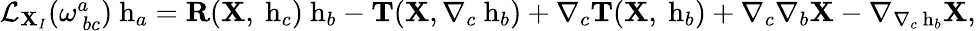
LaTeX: \begin{array}{r}{\mathcal{L}_{{\mathbf X}_{I}}(\omega_{~bc}^{a})\mathrm{{\mathbf~h}}_{a}={\mathbf R}({\mathbf X},\mathrm{{\mathbf~h}}_{c})\mathrm{{\mathbf~h}}_{b}-{\mathbf T}({\mathbf X},\nabla_{c}\mathrm{{\mathbf~h}}_{b})+\nabla_{c}{\mathbf T}({\mathbf X},\mathrm{{\mathbf~h}}_{b})+\nabla_{c}\nabla_{b}{\mathbf X}-\nabla_{\nabla_{c}\mathrm{{\mathbf~h}}_{b}}{\mathbf X},}\end{array}